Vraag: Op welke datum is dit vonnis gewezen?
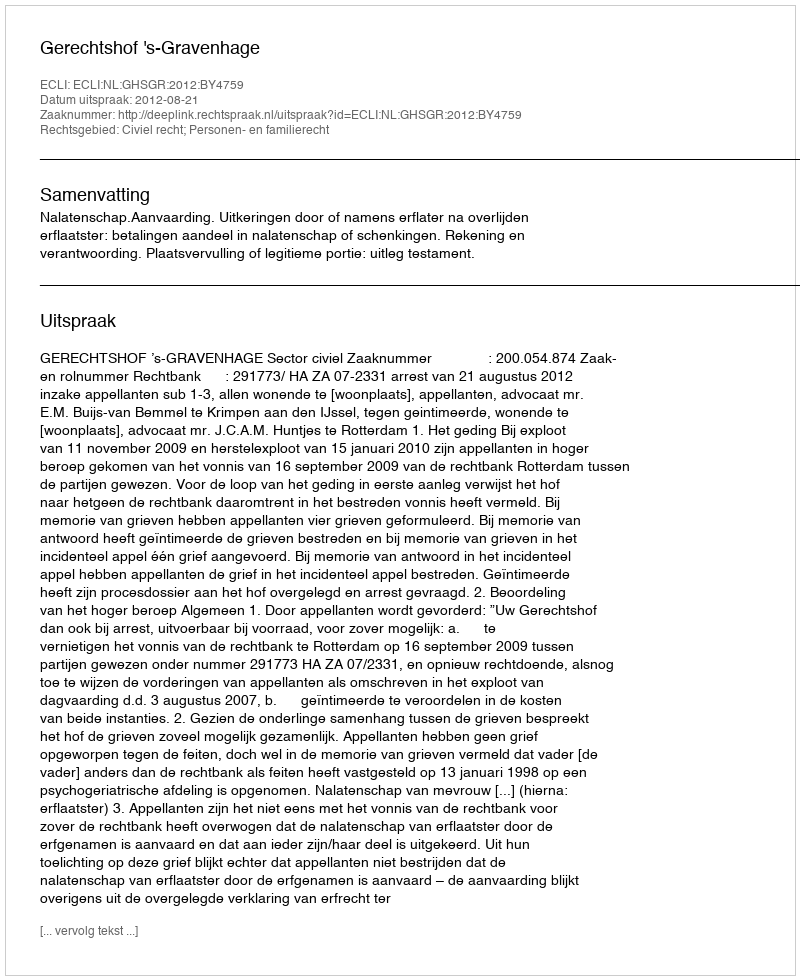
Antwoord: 2012-08-21